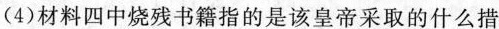
(4)材料四中烧残书籍指的是该皇帝采取的什么措